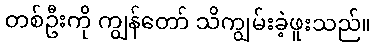
တစ်ဦးကို ကျွန်တော် သိကျွမ်းခဲ့ဖူးသည်။